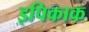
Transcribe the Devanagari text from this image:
इपिकाक